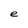
Character: e